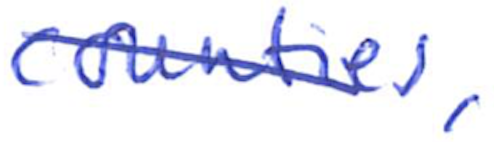
Text: counties,
Cross-out: mix
Writing tool: ballpoint